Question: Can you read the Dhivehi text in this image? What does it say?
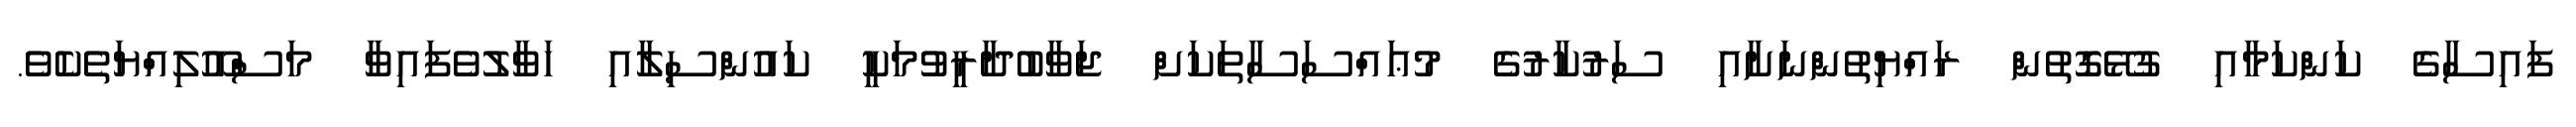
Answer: ފައިސާގެ ކަންކަމާއި ގުޅޭގޮތުން ރައްޔިތުންނަށާއި ސަރުކާރުގެ މުޢައްސަސާތަކަށް ޖަވާބުދާރީވުމަކީ ކައުންސިލާއި ހަވާލުވެފައިވާ މަސްއޫލިއްޔަތެކެވެ.